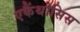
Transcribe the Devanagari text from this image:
एकैंथोसिस